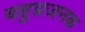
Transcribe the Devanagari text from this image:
बहुप्रजनक